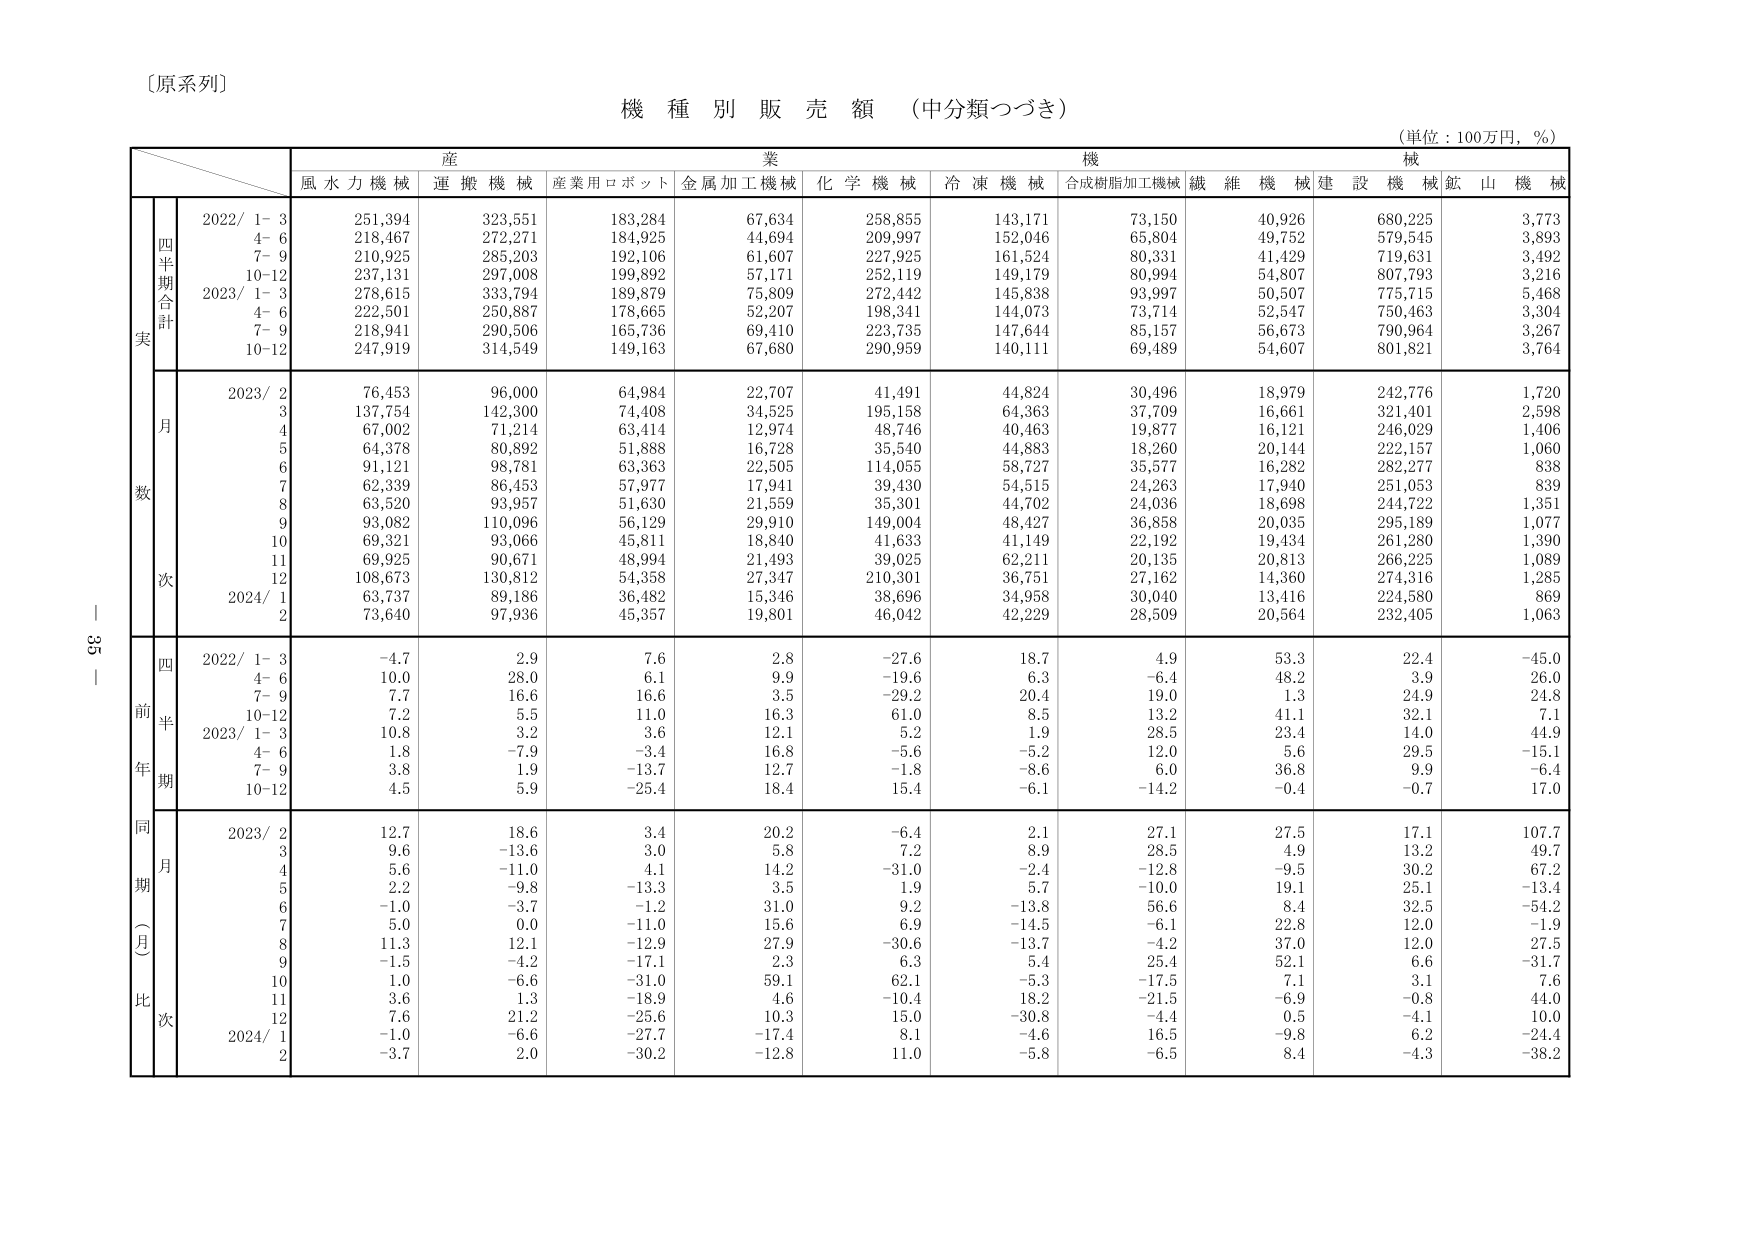
〔原系列〕

機 種 別 販 売 額 （中分類つづき）

（単位：100万円，％）